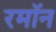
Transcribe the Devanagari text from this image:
रमॉन